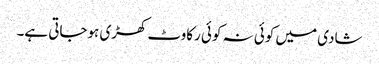
شادی میں کوئی نہ کوئی رکاوٹ کھڑی ہوجاتی ہے۔